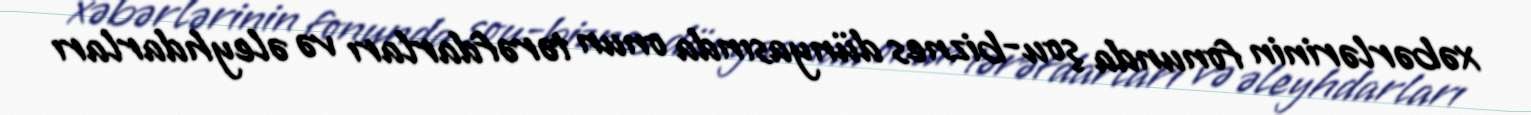
xəbərlərinin fonunda şou-biznes dünyasında onun tərəfdarları və əleyhdarları